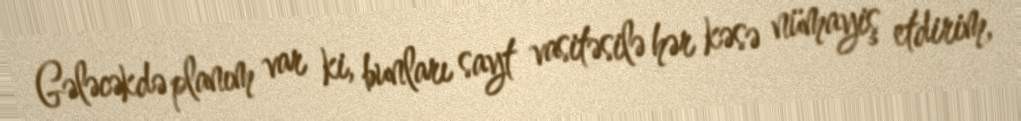
Gələcəkdə planım var ki, bunları sayt vasitəsilə hər kəsə nümayiş etdirim,